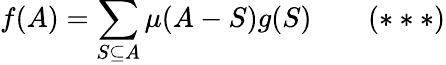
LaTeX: f(A)=\sum_{S\subseteq A}\mu(A-S)g(S)\qquad(***)